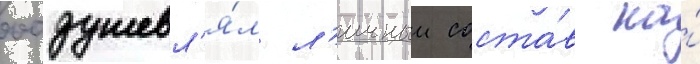
воодушевл'я́л л'ичныи соста́в на́